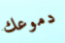
دموعك